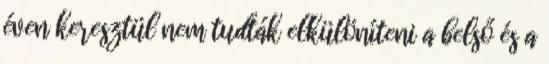
éven keresztül nem tudták elkülöníteni a belső és a